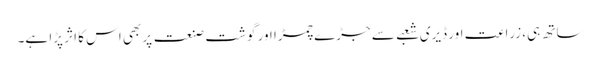
ساتھ ہی، زراعت اور ڈیری شعبے سے جڑے چمڑا اور گوشت صنعت پر بھی اس کا اثر پڑا ہے۔